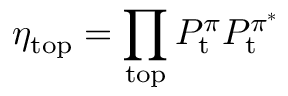
\eta _ { \mathrm { t o p } } = \prod _ { \mathrm { t o p } } P _ { \mathrm { t } } ^ { \pi } P _ { \mathrm { t } } ^ { \pi ^ { * } }